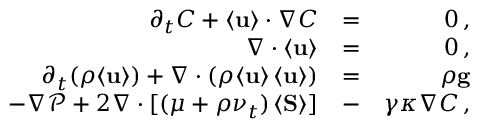
\begin{array} { r l r } { \partial _ { t } C + \langle { \bf { u } } \rangle \cdot \nabla C } & { = } & { 0 \, , } \\ { \nabla \cdot \langle { \bf { u } } \rangle } & { = } & { 0 \, , } \\ { \partial _ { t } ( \rho \langle { \bf { u } } \rangle ) + \nabla \cdot ( \rho \langle { \bf { u } } \rangle \, \langle { \bf { u } } \rangle ) } & { = } & { \rho { \bf { g } } } \\ { - \nabla \mathcal P + 2 \nabla \cdot [ ( \mu + \rho \nu _ { t } ) \, \langle { \bf { S } } \rangle ] } & { - } & { \gamma \kappa \nabla C \, , } \end{array}